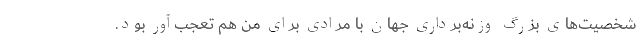
شخصیت‌های بزرگ وزنه‌برداری جهان با مرادی برای من هم تعجب‌آور بود.